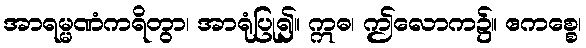
အာရမ္မဏံကရိတွာ၊ အာရုံပြု၍။ ဣဓ၊ ဤလောက၌။ ဧကစ္စေ၊